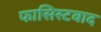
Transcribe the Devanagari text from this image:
फासिस्टवाद